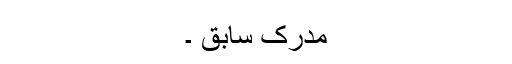
مدرک سابق ۔